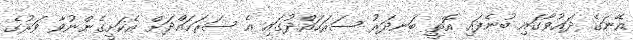
އޭނަގެ ދައުވާގައި ބުނެފައި އޮތީ ބަނދަރު ސަރަހައްދުގައި އެ ސަރަހައްދަށް އެކަށީގެންނުވާ ވަރުގެ